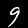
Label: 9